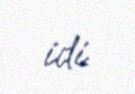
idi.